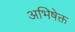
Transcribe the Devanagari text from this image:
अभिषेक्त